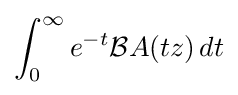
\int _{0}^{\infty }e^{-t}{\mathcal {B}}A(tz)\,dt